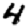
Digit: 4